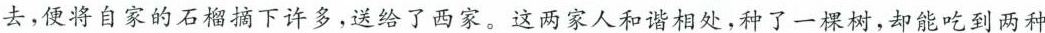
去，便将自家的石榴摘下许多，送给了西家。这两家人和谐相处，种了一棵树，却能吃到两种